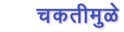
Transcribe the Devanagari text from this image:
चकतीमुळे